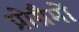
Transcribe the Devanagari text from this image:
प्रोग्रैमों